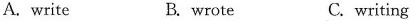
A. write B.wrote C.writing